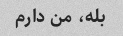
بله، من دارم